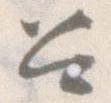
召